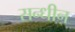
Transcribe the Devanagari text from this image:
सन्धीन